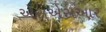
એસએસઆર